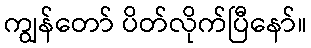
ကျွန်တော် ပိတ်လိုက်ပြီနော်။